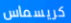
كريسماس